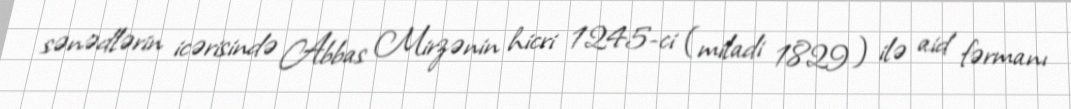
sənədlərin icərisində Abbas Mirzənin hicri 1245-ci (miladi 1829) ilə aid fərmanı